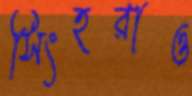
সিংহরাও